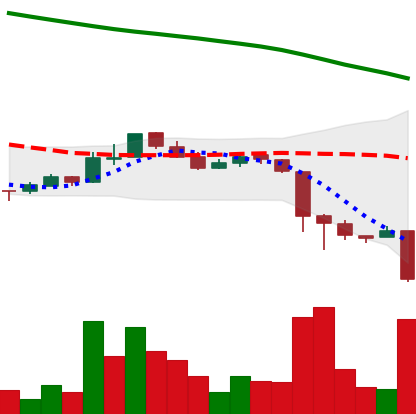
Ticker: ADA-USD
Chart end date: 2018-11-19
Forward return: -26.861%
Label: down_7plus